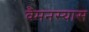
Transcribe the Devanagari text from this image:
वैमनस्यास